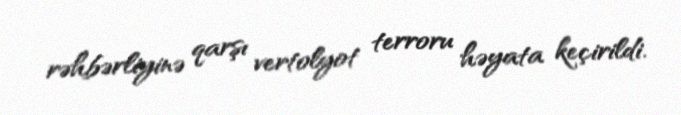
rəhbərliyinə qarşı vertolyot terroru həyata keçirildi.